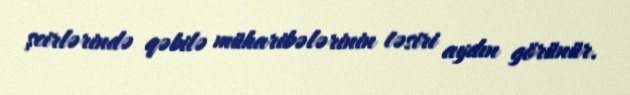
şeirlərində qəbilə müharibələrinin təsiri aydın görünür.